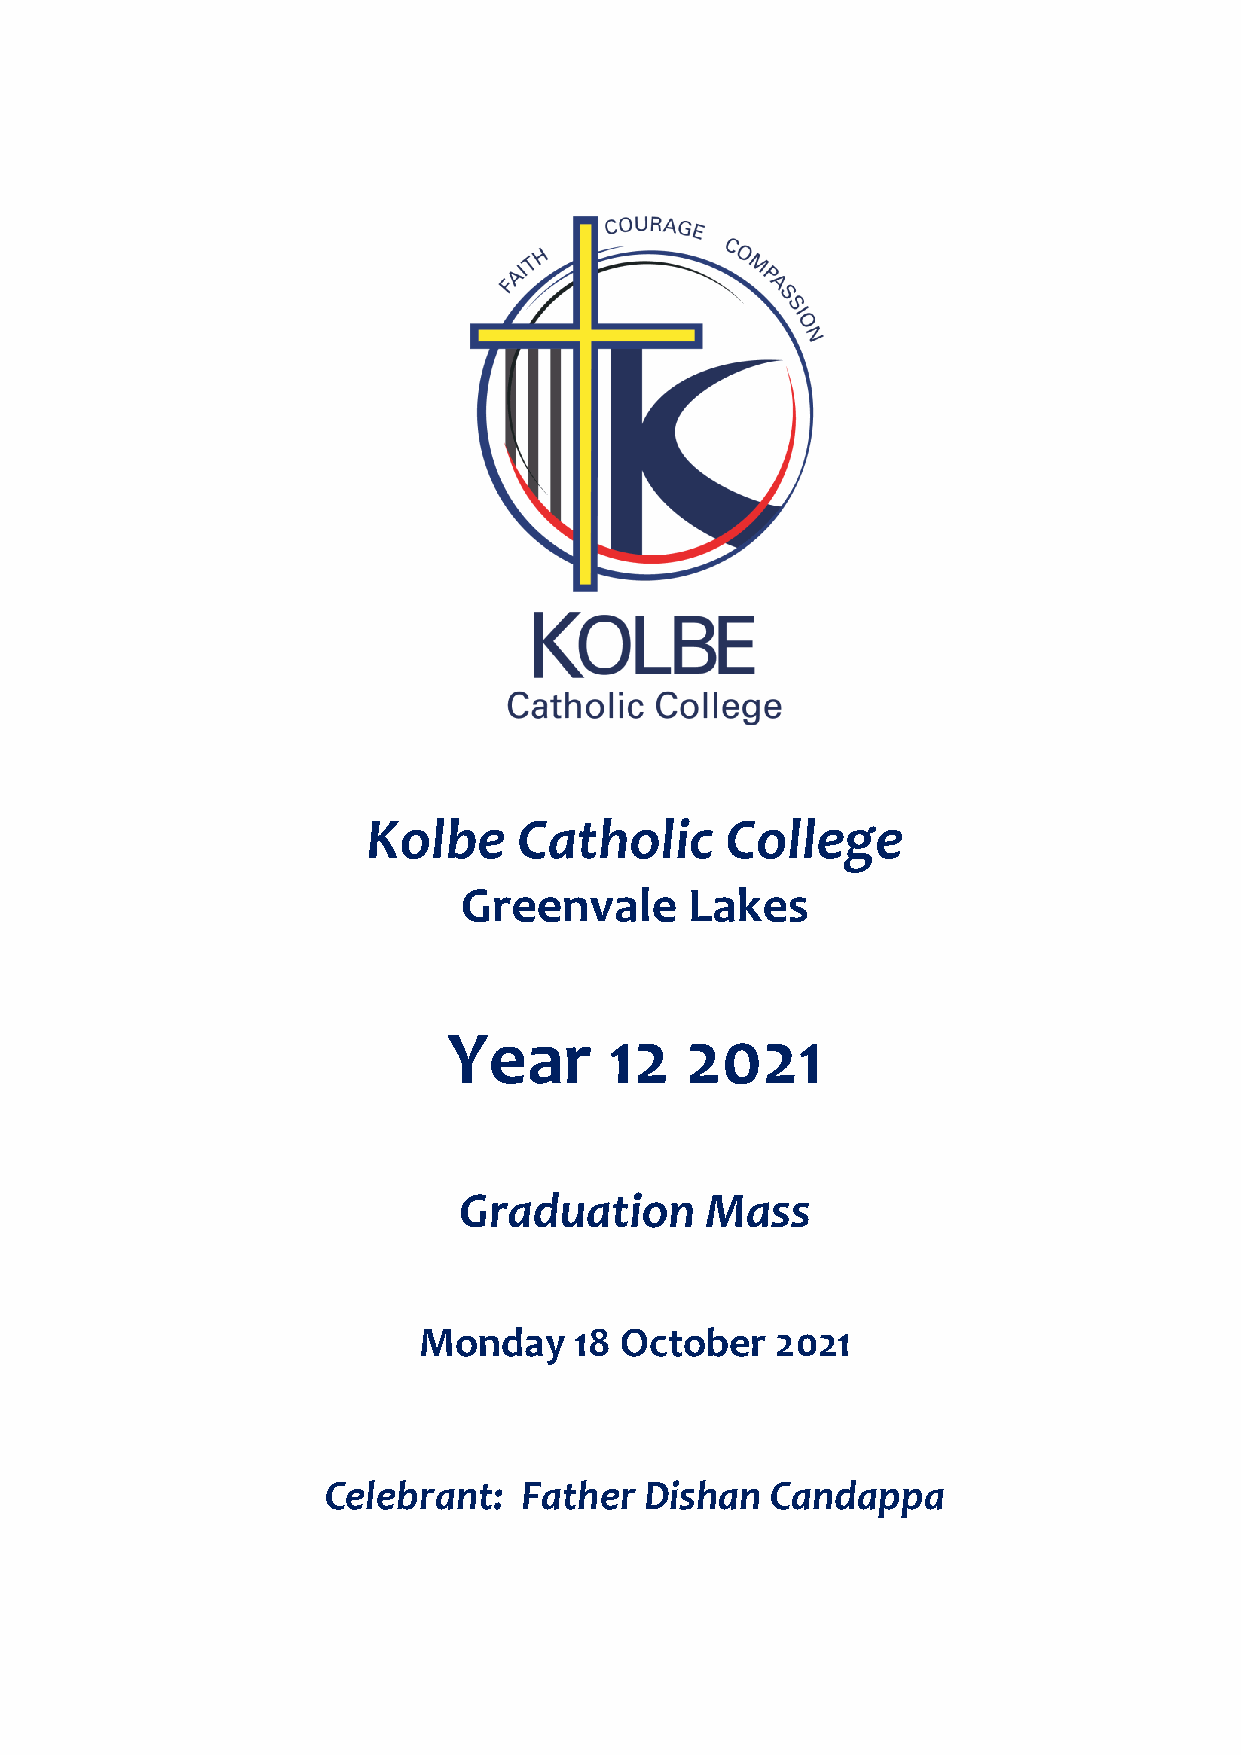
Kolbe     Catholic      College
 Greenvale       Lakes
 Year      12   2021
 Graduation       Mass
 Monday    18 October   2021
 Celebrant:   Father   Dishan  Candappa